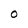
Character: O